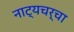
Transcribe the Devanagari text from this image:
नाट्यचर्चा